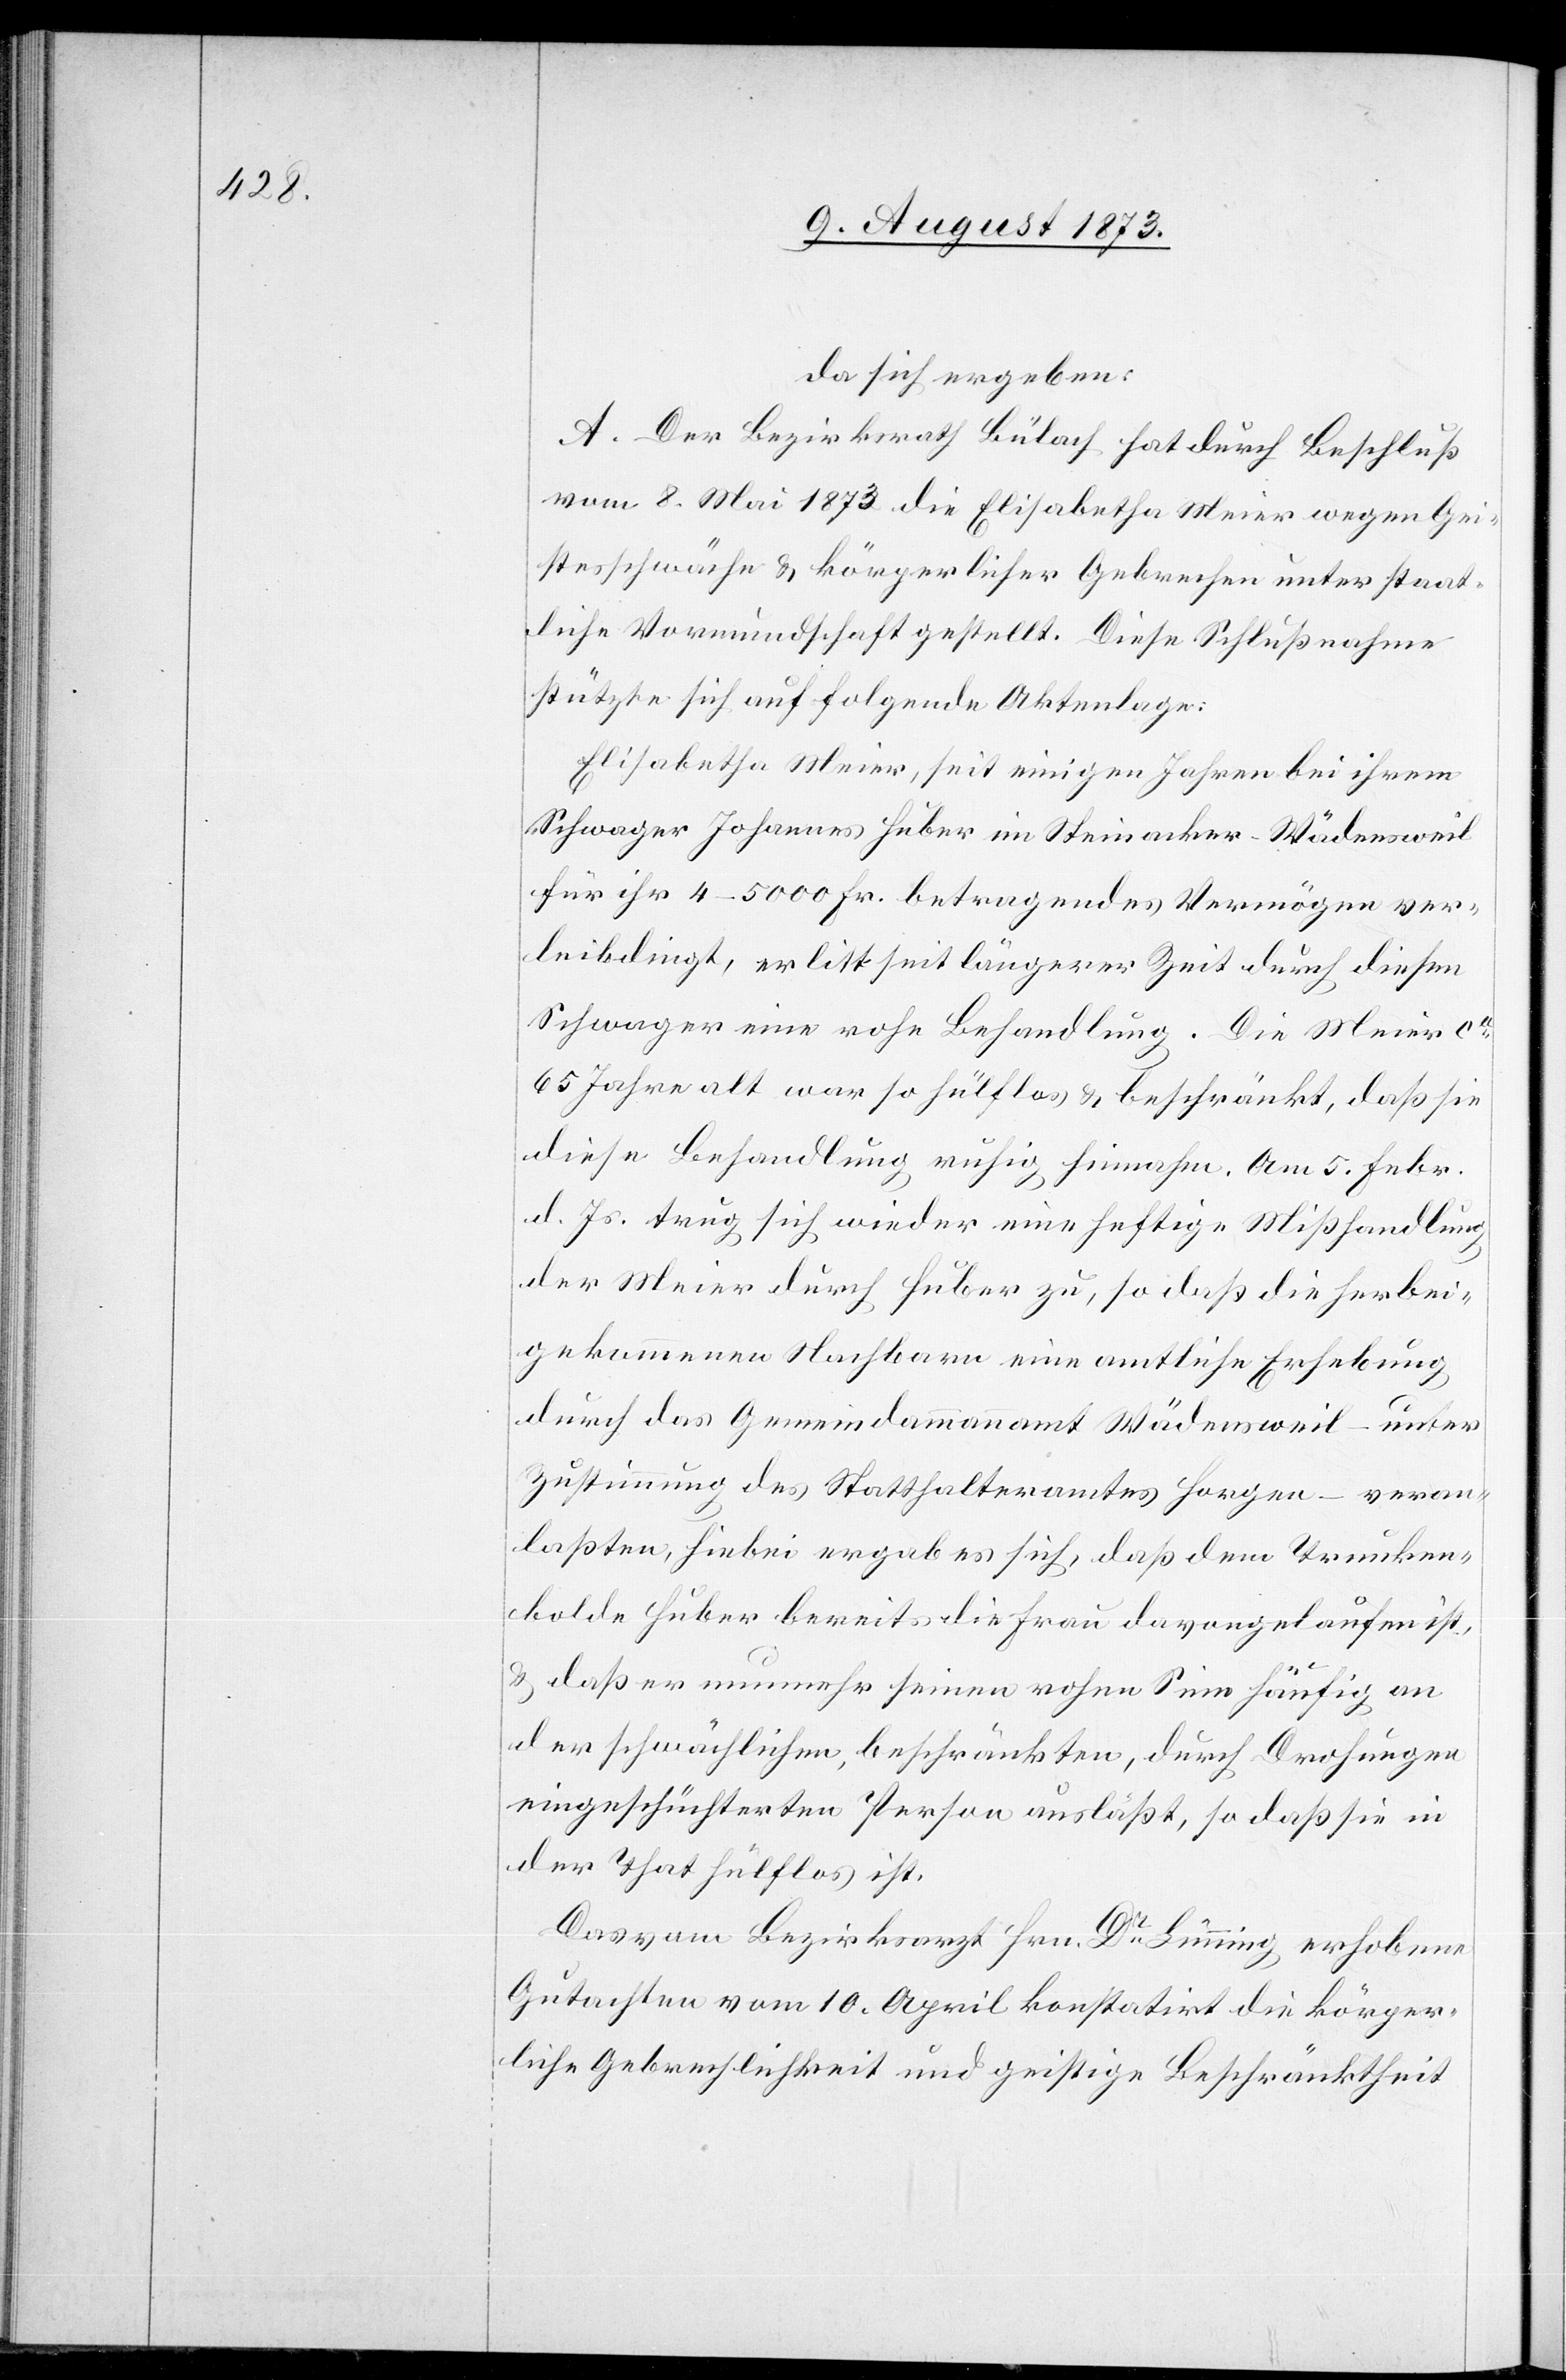
da sich ergeben:
A. Der Bezirksrath Bülach hat durch Beschluß
vom 8. Mai 1873 die Elisabetha Meier wegen Gei¬
stesschwäche & körperlicher Gebrechen unter staat¬
liche Vormundschaft gestellt. Diese Schlußnahme
stützte sich auf folgende Aktenlage:
Elisabetha Meier, seit einigen Jahren bei ihrem
Schwager Johannes Huber in Steinacker - Wädensweil
für ihr 4–5 000 Fr. betragendes Vermögen ver¬
leibdingt, erlitt seit längerer Zeit durch diesen
Schwager eine rohe Behandlung. Die Meier ca
65 Jahre alt war so hülflos & beschränkt, daß sie
diese Behandlung ruhig hinnahm. Am 5. Febr.
d. Js. trug sich wieder eine heftige Mißhandlung
der Meier durch Huber zu, so daß die herbei¬
gekommenen Nachbarn eine amtliche Erhebung
durch das Gemeindammannamt Wädensweil – unter
Zustimmung des Statthalteramtes Horgen – veran¬
laßten, hiebei ergab es sich, daß dem Trunken¬
bolde Huber bereits die Frau davongelaufen ist,
& daß er nunmehr seinen rohen Sinn häufig an
der schwächlichen, beschränkten, durch Drohungen
eingeschüchterten Person ausläßt, so daß sie in
der That hülflos ist.
Das vom Bezirksarzt Hrn. Dr Lünning erhobene
Gutachten vom 10. April konstatirt die körper¬
liche Gebrechlichkeit und geistige Beschränktheit